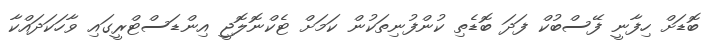
ބޮޑަށް ހިފާނީ ފޭސްބުކް ފަދަ ބޮޑެތި ކުންފުނިތަކުން ކަމަށް ޓެކްނޮލޮޖީ އިންޑަސްޓްރީގައި ވާހަކަދައްކާ